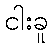
ငါးခူ